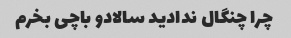
چرا چنگال ندادید سالادو باچی بخرم